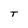
Character: T